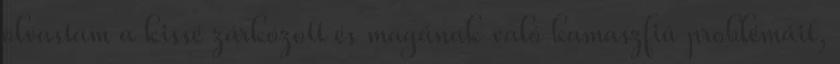
olvastam a kissé zárkózott és magának való kamaszfiú problémáit,